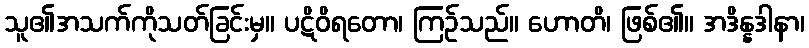
သူ၏အသက်ကိုသတ်ခြင်းမှ။ ပဋိဝိရတော၊ ကြဉ်သည်။ ဟောတိ၊ ဖြစ်၏။ အဒိန္နဒါနာ၊